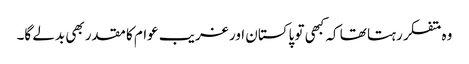
وہ متفکر رہتا تھا کہ کبھی تو پاکستان اور غریب عوام کا مقدر بھی بدلے گا۔